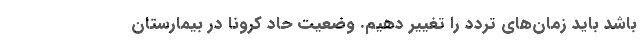
باشد باید زمان‌های تردد را تغییر دهیم. وضعیت حاد کرونا در بیمارستان